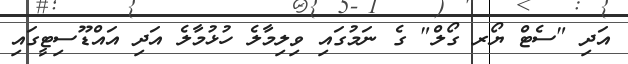
އަދި "ސެޓް ޔޯރ ގޯލް" ގެ ނަމުގައި ވިލިމާލެ ހުޅުމާލެ އަދި އައްޑޫސިޓީގައި